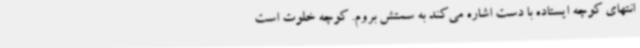
انتهای کوچه ایستاده با دست اشاره می‌کند به سمتش بروم. کوچه خلوت است